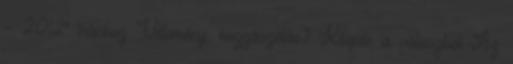
– 2012" íráshoz Vélemény, hozzászólás? Kilépés a válaszból Az